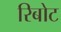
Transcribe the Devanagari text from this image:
रिबोट